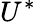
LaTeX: U^{\ast}